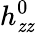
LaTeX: h_{\mathit{z}\mathit{z}}^{0}